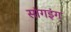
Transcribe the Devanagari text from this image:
सांगइंग